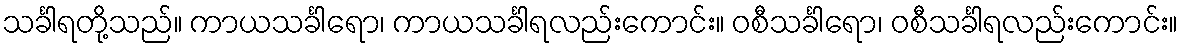
သင်္ခါရတို့သည်။ ကာယသင်္ခါရော၊ ကာယသင်္ခါရလည်းကောင်း။ ဝစီသင်္ခါရော၊ ဝစီသင်္ခါရလည်းကောင်း။